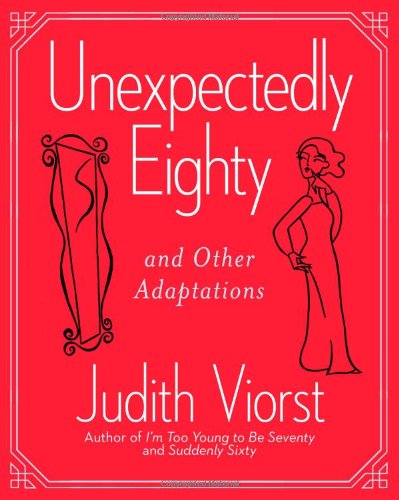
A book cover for Unexpectedly Eighty: And Other Adaptations; Judith Viorst; Humor & Entertainment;